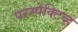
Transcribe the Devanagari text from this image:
परस्पेक्टिव्ह